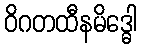
ဝိဂတထီနမိဒ္ဓေါ